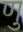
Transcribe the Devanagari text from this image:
णु